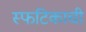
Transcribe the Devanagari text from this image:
स्फटिकाची